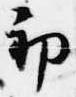
初